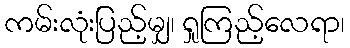
ကမ်းလုံးပြည့်မျှ၊ ရှုကြည့်လေရာ၊